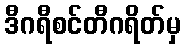
ဒီဂရီစင်တီဂရိတ်မှ